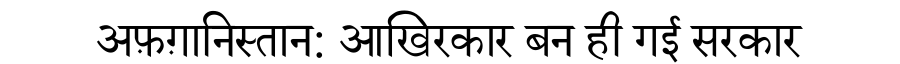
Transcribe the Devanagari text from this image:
अफ़ग़ानिस्तान: आखिरकार बन ही गई सरकार